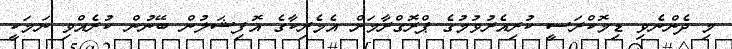
މި ދެންނެވި ޑިމޮކްރަސީ ކުރިއެރުވުމުގެ ޕްރޮގްރާމަށް އެމެރިކާގެ އޮފިޝަލުން ބޭނުން ކުރެއްވި ނަމަކީ